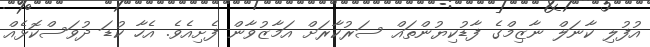
އުފުލި ކާނަލް ނާޒިމްގެ ފާޑުކިޔުންތައް ސަރުކާރަށް އަމާޒުވާން ފެށިއެވެ. އެހާ ކުޑަ ދުވަސްކޮޅެއް